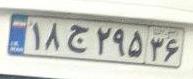
۱۸ج۲۹۵۳۶